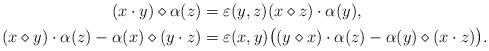
LaTeX: \begin{align*} (x\cdot y)\diamond\alpha(z) &=\varepsilon(y,z)(x\diamond z)\cdot\alpha(y),\\ (x\diamond y)\cdot \alpha(z) -\alpha(x)\diamond(y\cdot z) &=\varepsilon(x,y)\big( (y\diamond x)\cdot\alpha(z)-\alpha(y)\diamond(x\cdot z)\big).\end{align*}